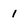
Character: 1